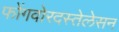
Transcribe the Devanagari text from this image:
फोंगवोरदस्तेलेसन